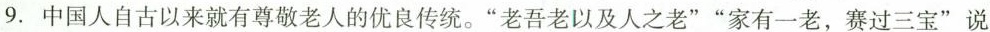
9.中国人自古以来就有尊敬老人的优良传统。”老吾老以及人之老””家有一老，赛过三宝”说